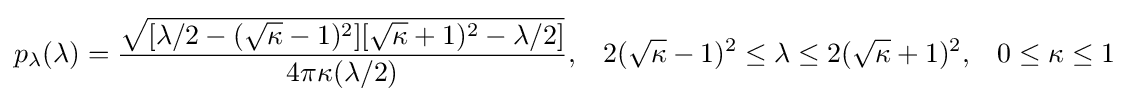
p_{\lambda }(\lambda )={\frac {\sqrt {[\lambda /2-({\sqrt {\kappa }}-1)^{2}][{\sqrt {\kappa }}+1)^{2}-\lambda /2]}}{4\pi \kappa (\lambda /2)}},\;\;\;2({\sqrt {\kappa }}-1)^{2}\leq \lambda \leq 2({\sqrt {\kappa }}+1)^{2},\;\;\;0\leq \kappa \leq 1